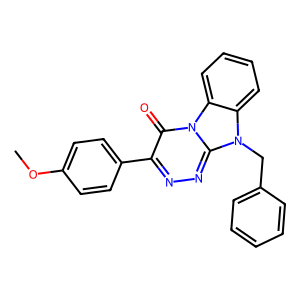
SMILES: COc1ccc(-c2nnc3n(Cc4ccccc4)c4ccccc4n3c2=O)cc1
Inhibits HIV replication: No